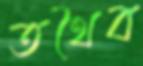
তথৈব